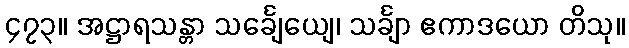
၄၇၃။ အဋ္ဌာရသန္တာ သင်္ချေယျေ၊ သင်္ချာ ဧကာဒယော တိသု။